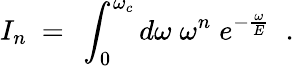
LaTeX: I_{n}~=~\int_{0}^{\omega_{c}}d\omega\; \omega^{n}\; e^{-\frac{\omega}{E}}\; \; .